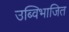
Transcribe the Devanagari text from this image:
उब्विभाजित